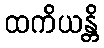
ထကိယန္တိ